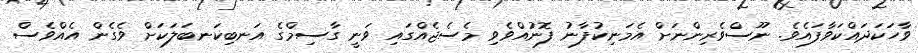
ވާހަކަދައްކަވާފައެވެ. ނޫސްވެރިންނަށް އެމަނިކުފާނު ފޮނުއްވެވި މެސެޖެއްގައި ވަނީ ގާސިމްގެ އަނބިކަނބަލަކަށް ވެގެން އެއްވެސް